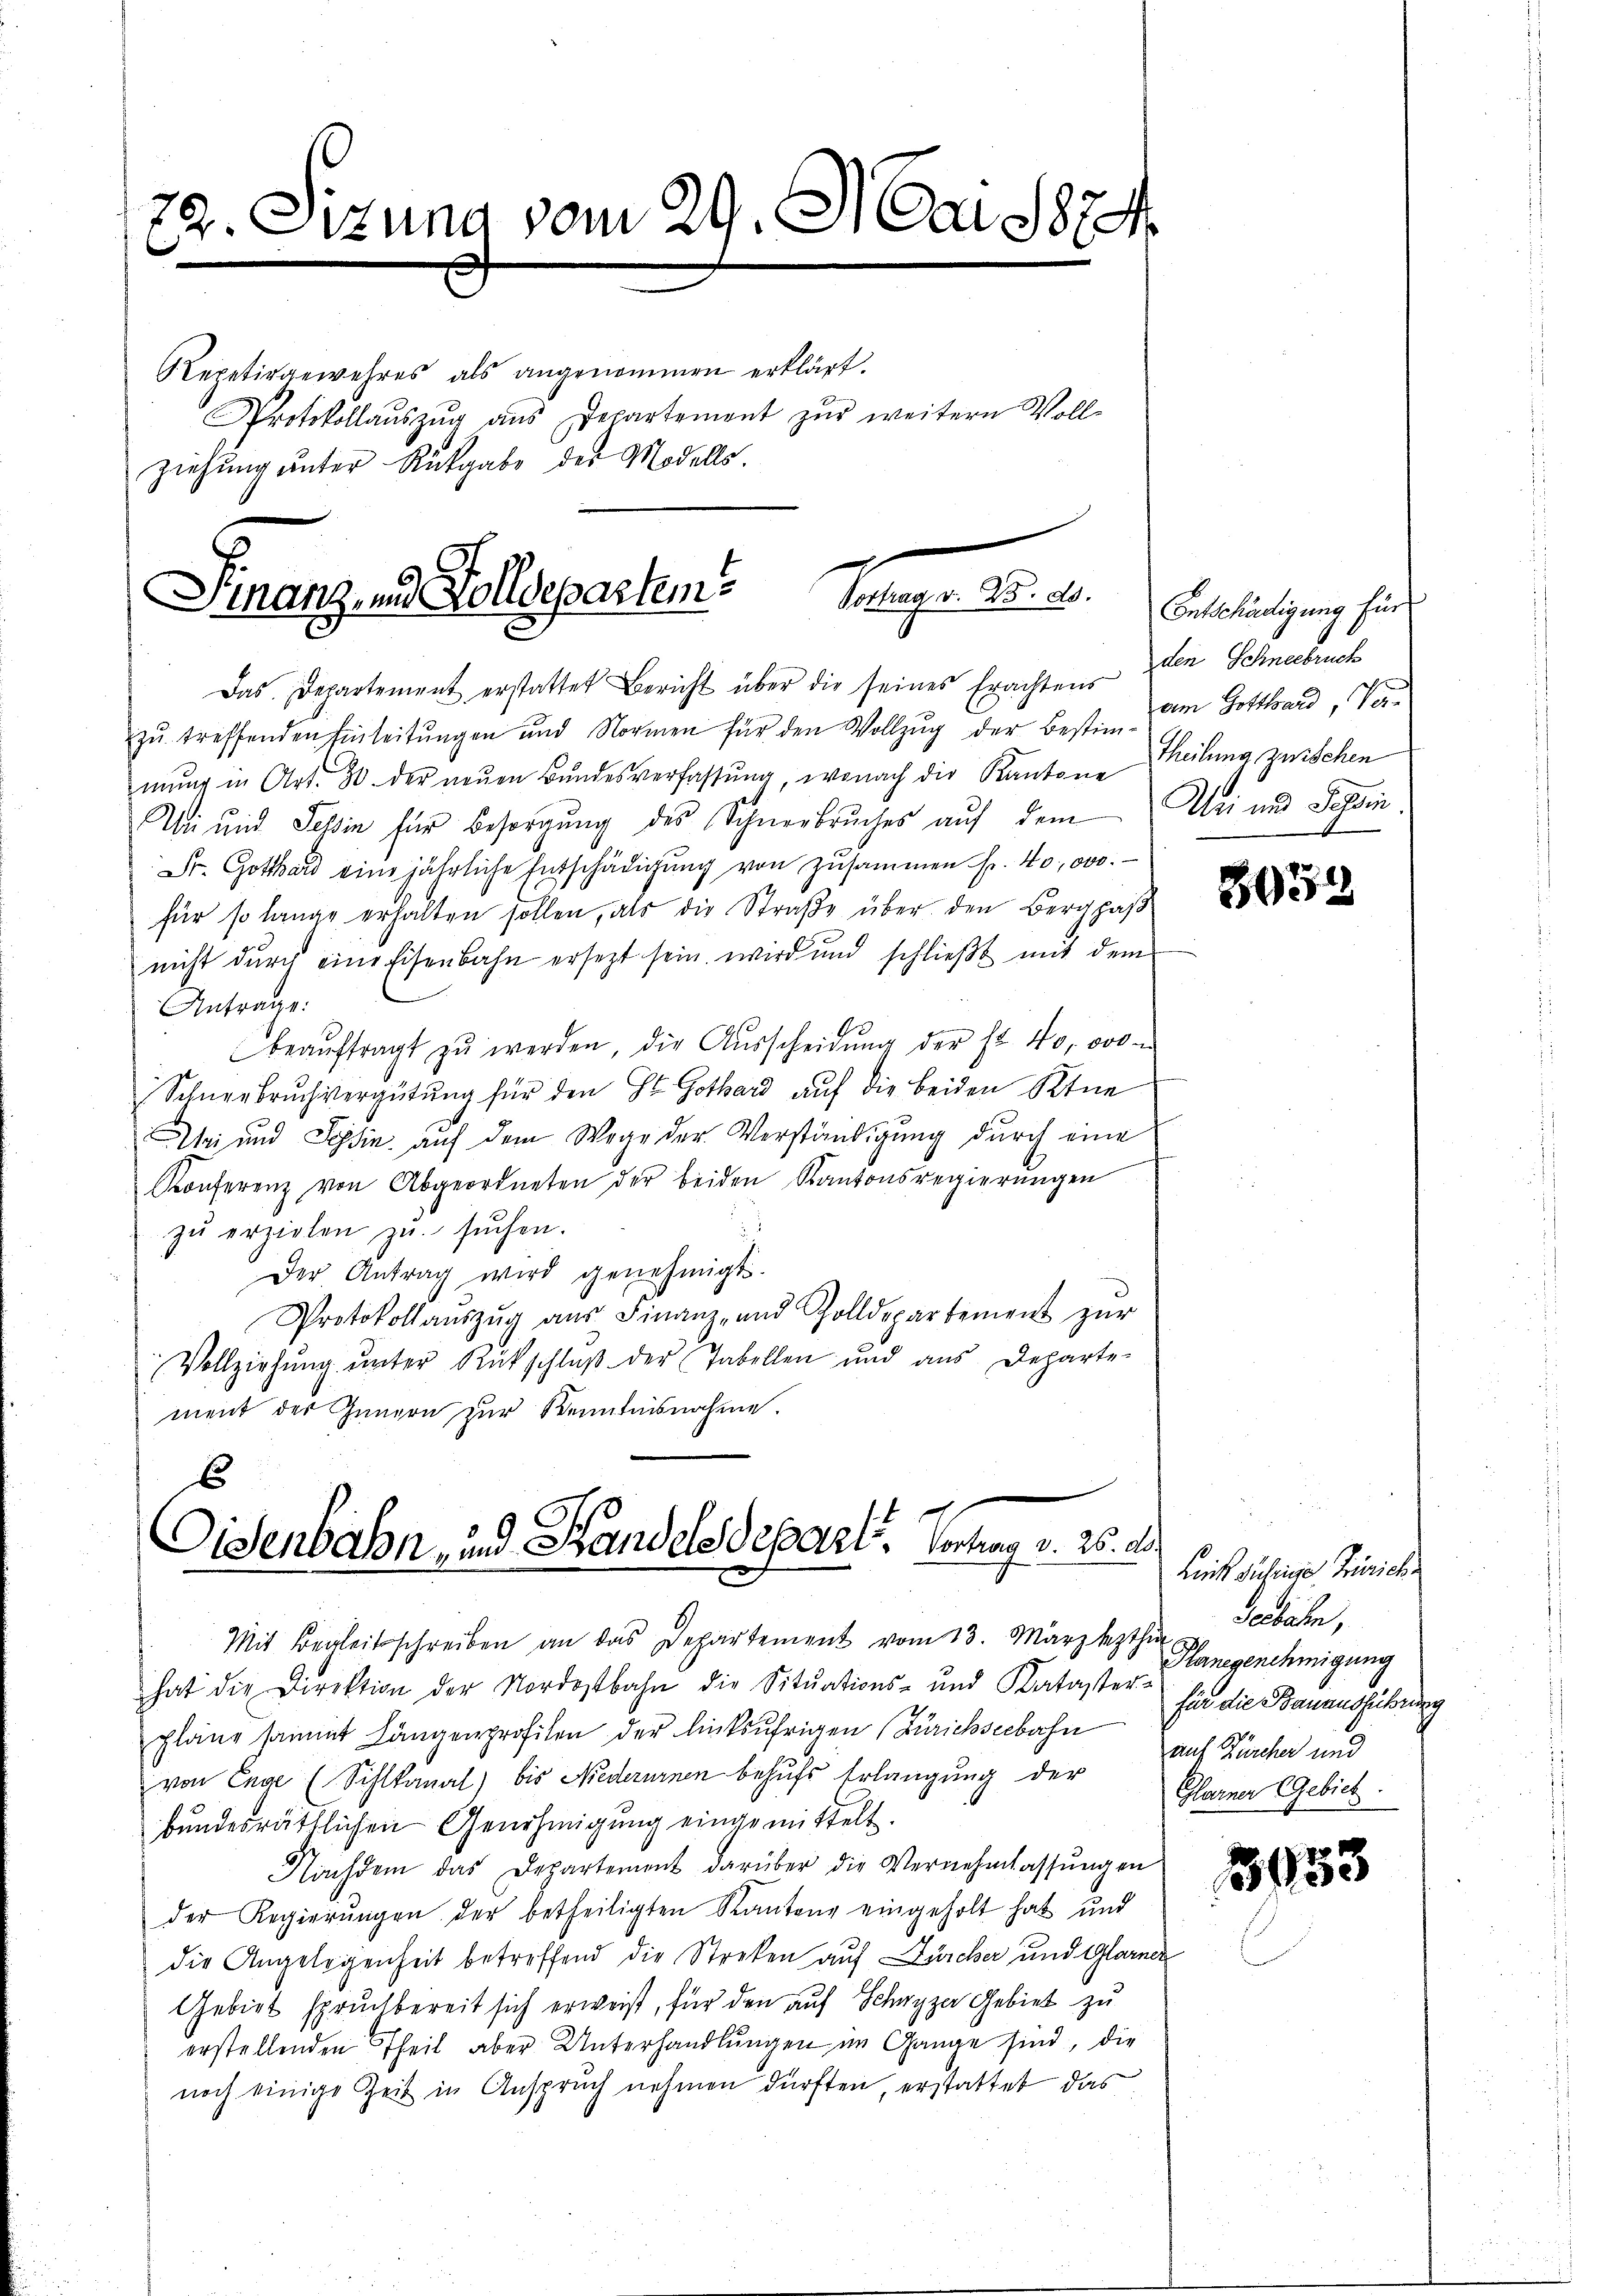
22. Sizung vom 29. Mai 1824.
Repetirgewehres als angenommen erklärt.
Protokollaŭszŭg aŭs Departement zŭr weitern Voll-
ziehung unter Rückgabe der Modells.

Finanz- und Zolldepartem Vorhager. 25. d.

Dr. Gotthard eine jährliche Entschädigung von zusammen fr. 40,000.
für so lange erhalten sollen, als die Straße über den Bergpaß
nicht durch eine Eisenbahn ersezt sein wird und schlieβt mit dem
Antrage:
beaŭftragt zŭ werden, die Aŭsscheidŭng der fr. 40,000 u
Schneebruchvergütung für den St. Gothard auf die beiden Ktne
ei und Schin auf dem Wege der Verständigung durch eine
Konferenz von Abgeordneten der beiden Kantonsregierungen
zŭ erzielen zŭ sŭchen.
Der Antrag wird genehmigt.
Protokollaŭszŭg aŭs Finanz- und Zolldepartement zŭr
Vollziehŭng ŭnter Rückschlŭβ der Tabellen und aus Departe-
ment des Innern zur Kenntnisnahme.

Das Departement erstattet Bericht über die seines Erachtens
zŭ treffenden Einleitŭngen und Normen für den Vollzŭg der Besti vom Gotthard, Vor-
mŭng in Art. 20. der neŭen Bŭndesverfassŭng, wonach die Kantone Theilung zwischen
Wie und Tessin für Besorgŭng des Schneebruches aŭf dem Uri und Schin¬

6
Disenbahn, und Handelsdepart. Vortrag v. 25. d.
x
Mit Begleitschreiben an das Departement vom 13. März lezthin

Entschädigung für
den Schneebruch

hat die Direktion der Nordostbahn die Sitŭations- und Kataster-
pläne sammt Längenprofilen der linksufrigen (Zürichseebahn
von Enge (Sihlkanal) bis Niederurnen behufs Erlangung der
bundesräthlichen Genehmigung eingemittelt.
Nachdem das Departement darüber die Vernehmlassŭngen
der Regierŭngen der betheiligten Kantone eingeholt hat und
die Angelegenheit betreffend die Streken auf Zürcher und Glarnen
Gebiet spruchbereit sich erweiß, für den auf Schwyzer Gebiet zu
erstellenden Theil aber Unterhandlungen im Gange sind, die
noch einige Zeit in Anspruch nehmen dürften, erstattet das

3054

Liefe subige Zürich
Seebahn,
Hanegenehmigung
für die Bauausführung
auf Zürcher und
Glarner Gebiet.

3033